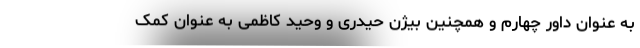
به عنوان داور چهارم و همچنین بیژن حیدری و وحید کاظمی به عنوان کمک